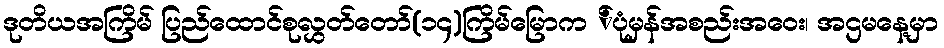
ဒုတိယအကြိမ် ပြည်ထောင်စုလွှတ်တော်(၁၄)ကြိမ်မြောက ်ပုံမှန်အစည်းအဝေး၊ အဌမနေ့မှာ